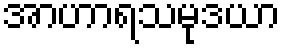
အာဟာရသမုဒယာ